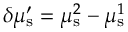
\delta \mu _ { \mathrm { s } } ^ { \prime } = \mu _ { \mathrm { s } } ^ { 2 } - \mu _ { \mathrm { s } } ^ { 1 }